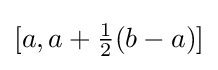
[a,a+{\tfrac {1}{2}}(b-a)]